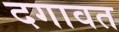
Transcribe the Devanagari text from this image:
दगावत